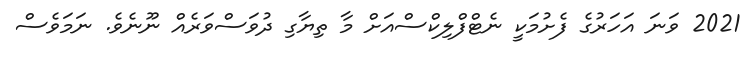
2021 ވަނަ އަހަރުގެ ފެށުމަކީ ނެޓްފްލިކްސްއަށް މާ ތިޔާގި ދުވަސްވަރެއް ނޫނެވެ. ނަމަވެސް